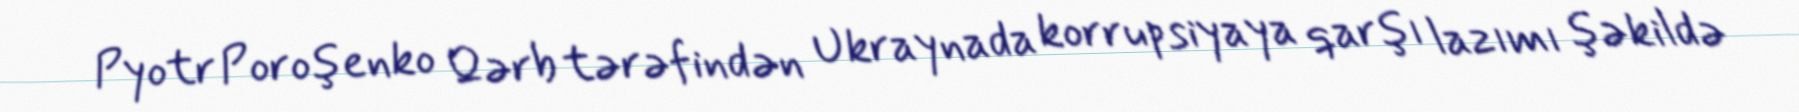
Pyotr Poroşenko Qərb tərəfindən Ukraynada korrupsiyaya qarşı lazımı şəkildə